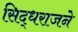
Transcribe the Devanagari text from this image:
सिद्धराजने